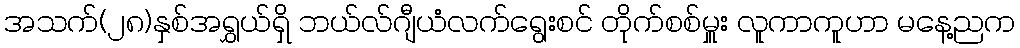
အသက်(၂၈)နှစ်အရွှယ်ရှိ ဘယ်လ်ဂျီယံလက်ရွေးစင် တိုက်စစ်မှူး လူကာကူဟာ မနေ့ညက